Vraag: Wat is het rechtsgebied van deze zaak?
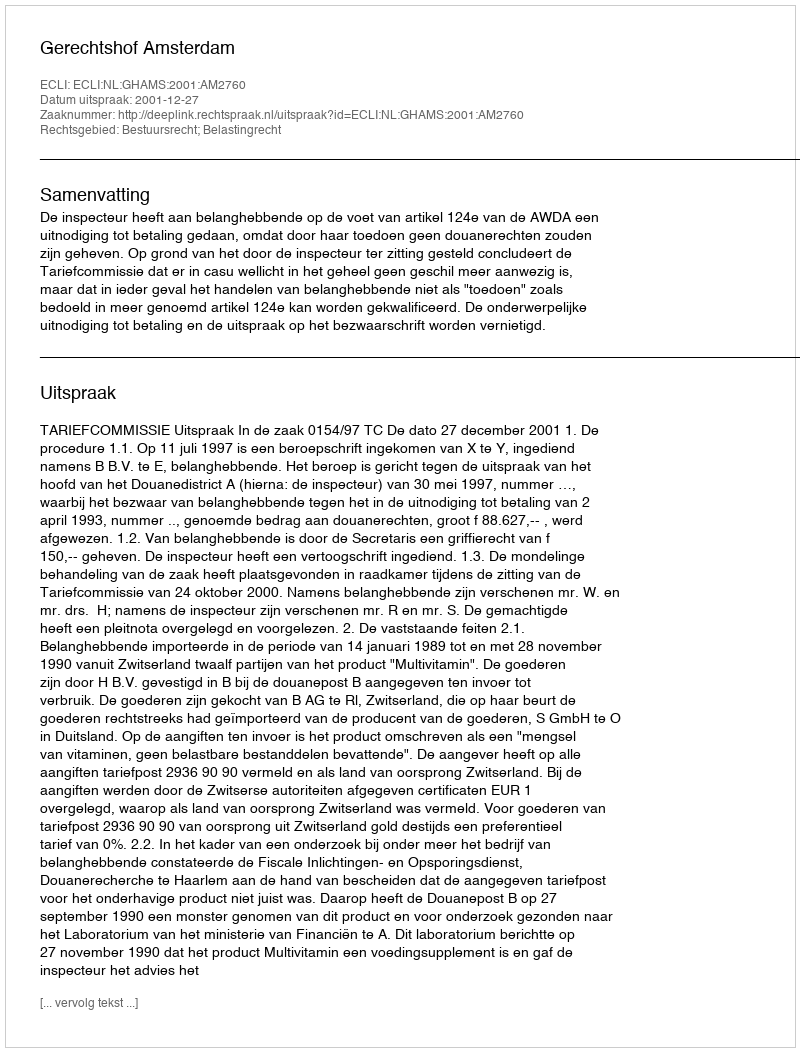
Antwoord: Bestuursrecht; Belastingrecht